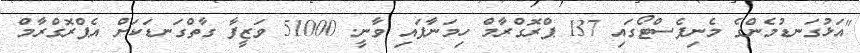
"އަޅުގަނޑުމެންގެ މެނިފެސްޓޯގައި 137 ޕްރޮގްރާމް ހިމަނާފައި ވާނީ. 51000 ވަޒީފާ ގާތްގަނޑަކަށް އެޕްރޮގްރާމް